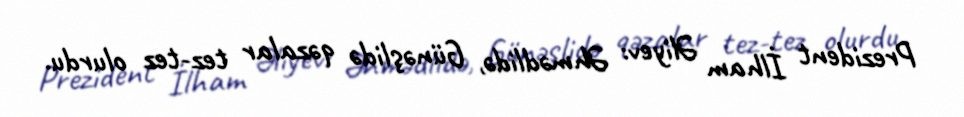
Prezident İlham Əliyev: Əhmədlidə, Günəşlidə qəzalar tez-tez olurdu.